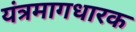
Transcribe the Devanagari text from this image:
यंत्रमागधारक